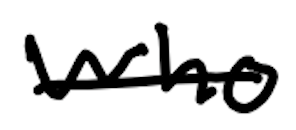
Text: who
Cross-out: single-line
Writing tool: digital_black